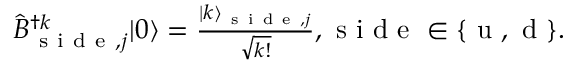
\begin{array} { r } { \hat { B } _ { \mathrm { ~ s ~ i ~ d ~ e ~ } , j } ^ { \dag k } \vert 0 \rangle = \frac { \vert k \rangle _ { \mathrm { ~ s ~ i ~ d ~ e ~ } , j } } { \sqrt { k ! } } , \mathrm { ~ s ~ i ~ d ~ e ~ } \in \{ \mathrm { ~ u ~ , ~ d ~ } \} . } \end{array}